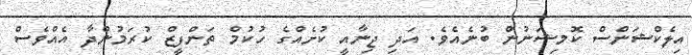
އިލެކްޝަންސް ކޮމިޝަނުން ބުނެއެވެ. އަދި ޖިނާއީ ކުށެއްގެ ހުކުމް ތަންފީޒް ކުރަމުންދާ އެއްވެސް